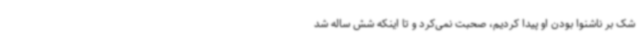
شک بر ناشنوا بودن او پیدا کردیم، صحبت نمی‌کرد و تا اینکه شش ساله شد